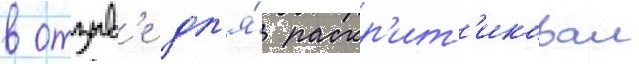
в отзыв'е дл'я́ раскр'ит'иковал